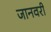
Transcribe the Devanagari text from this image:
जानवरी